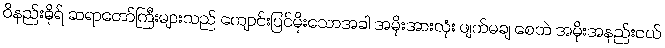
ဝိနည်းဓိုရ် ဆရာတော်ကြီးများသည် ကျောင်းပြင်မိုးသောအခါ အမိုးအားလုံး ဖျက်မချ စေဘဲ အမိုးအနည်းငယ်